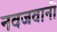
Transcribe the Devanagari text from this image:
नवजवानों